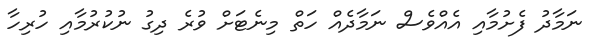
ނަމާދު ފެށުމާއި އެއްވެސް ނަމާދެއް ހަތް މިނެޓަށް ވުރެ ދިގު ނުކުރުމާއި ހުރިހާ